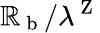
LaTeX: \mathbb{R}_{\mathrm{{~b~}}}/\lambda^{\mathrm{{~Z~}}}